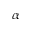
\alpha